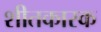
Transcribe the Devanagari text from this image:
शीतकारक